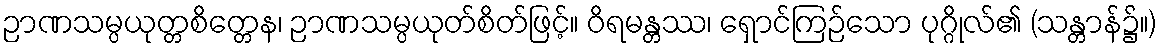
ဉာဏသမ္ပယုတ္တစိတ္တေန၊ ဉာဏသမ္ပယုတ်စိတ်ဖြင့်။ ဝိရမန္တဿ၊ ရှောင်ကြဉ်သော ပုဂ္ဂိုလ်၏ (သန္တာန်၌။)